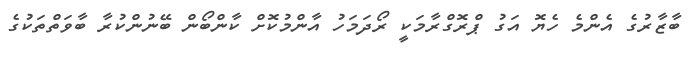
ބާޒާރުގެ އެންމެ ހެޔޮ އަގު ޕްރޮގްރާމަކީ ރޯދަމަހު އާންމުކޮށް ކާންބޯން ބޭނުންކުރާ ބާވަތްތަކުގެ